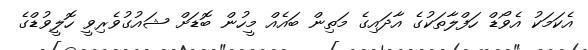
އެކަމަކު އެވޯޑް ހަފްލާތަކުގެ އާދައިގެ މަތިން ބައެއް މީހުން ބޮޑަށް ޝައުގުވެރިވީ ހޮލީވުޑްގެ